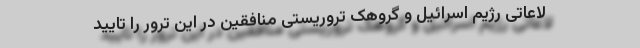
لاعاتی رژیم اسرائیل و گروهک تروریستی منافقین در این ترور را تایید